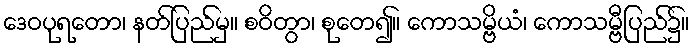
ဒေဝပုရတော၊ နတ်ပြည်မှ။ စဝိတွာ၊ စုတေ၍။ ကောသမ္ဗိယံ၊ ကောသမ္ဗီပြည်၌။